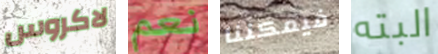
لاكروس نعم فيمكننا البته